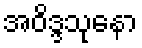
အဝိဒ္ဒသုနော